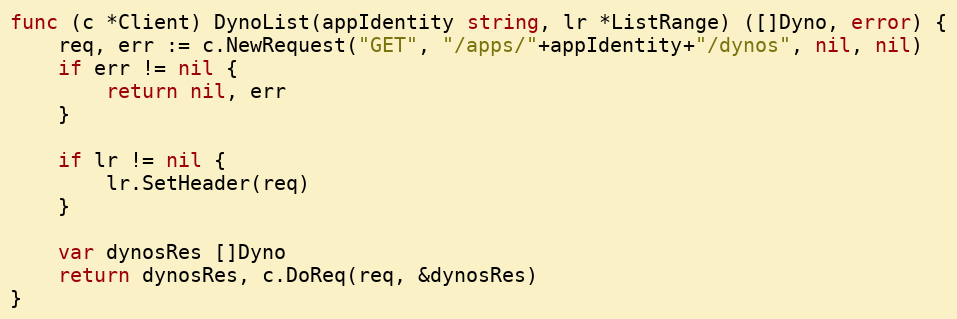
Language: Go
func (c *Client) DynoList(appIdentity string, lr *ListRange) ([]Dyno, error) {
	req, err := c.NewRequest("GET", "/apps/"+appIdentity+"/dynos", nil, nil)
	if err != nil {
		return nil, err
	}

	if lr != nil {
		lr.SetHeader(req)
	}

	var dynosRes []Dyno
	return dynosRes, c.DoReq(req, &dynosRes)
}